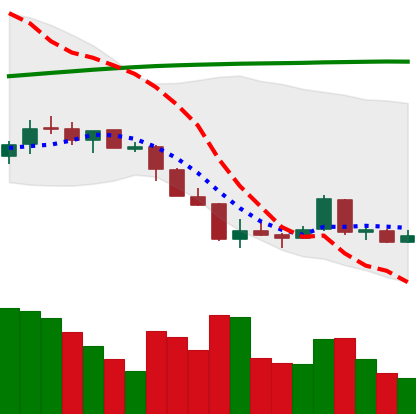
Ticker: LTC-USD
Chart end date: 2018-04-07
Forward return: 11.246%
Label: up_7plus